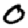
Digit: 0